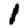
Digit: 1